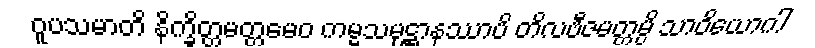
ဝူပသမာတိ နိက္ခိတ္တမတ္တမေဝ ကမ္မသမုဋ္ဌာနဿာပိ တိလဗီဇမတ္တမ္ပိ သာဝိယောဂါ